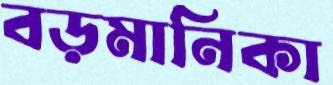
বড়মানিকা